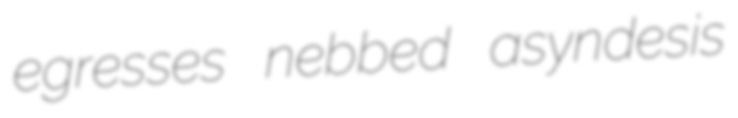
egresses nebbed asyndesis